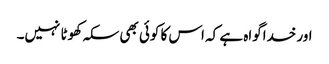
اور خداگواہ ہے کہ اس کا کوئی بھی سکہ کھوٹا نہیں۔